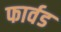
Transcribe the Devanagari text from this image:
फार्वड